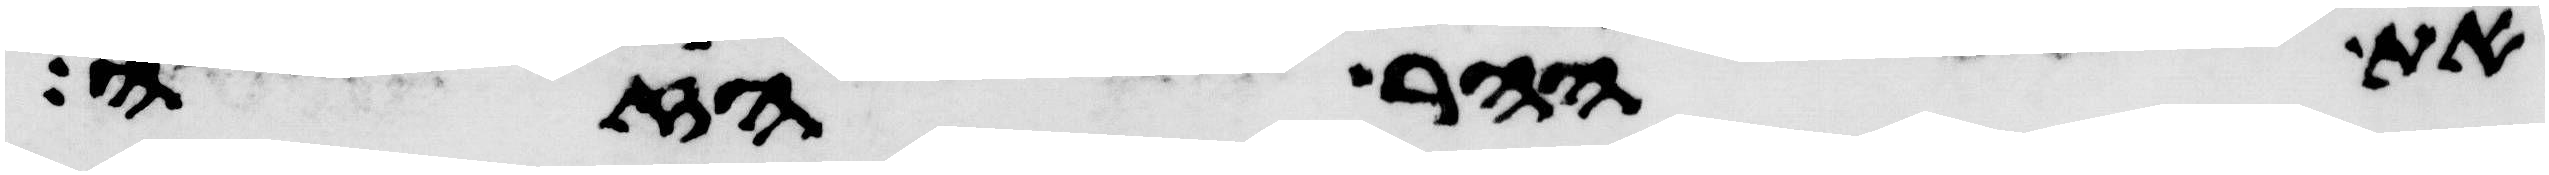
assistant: את ההר הזה